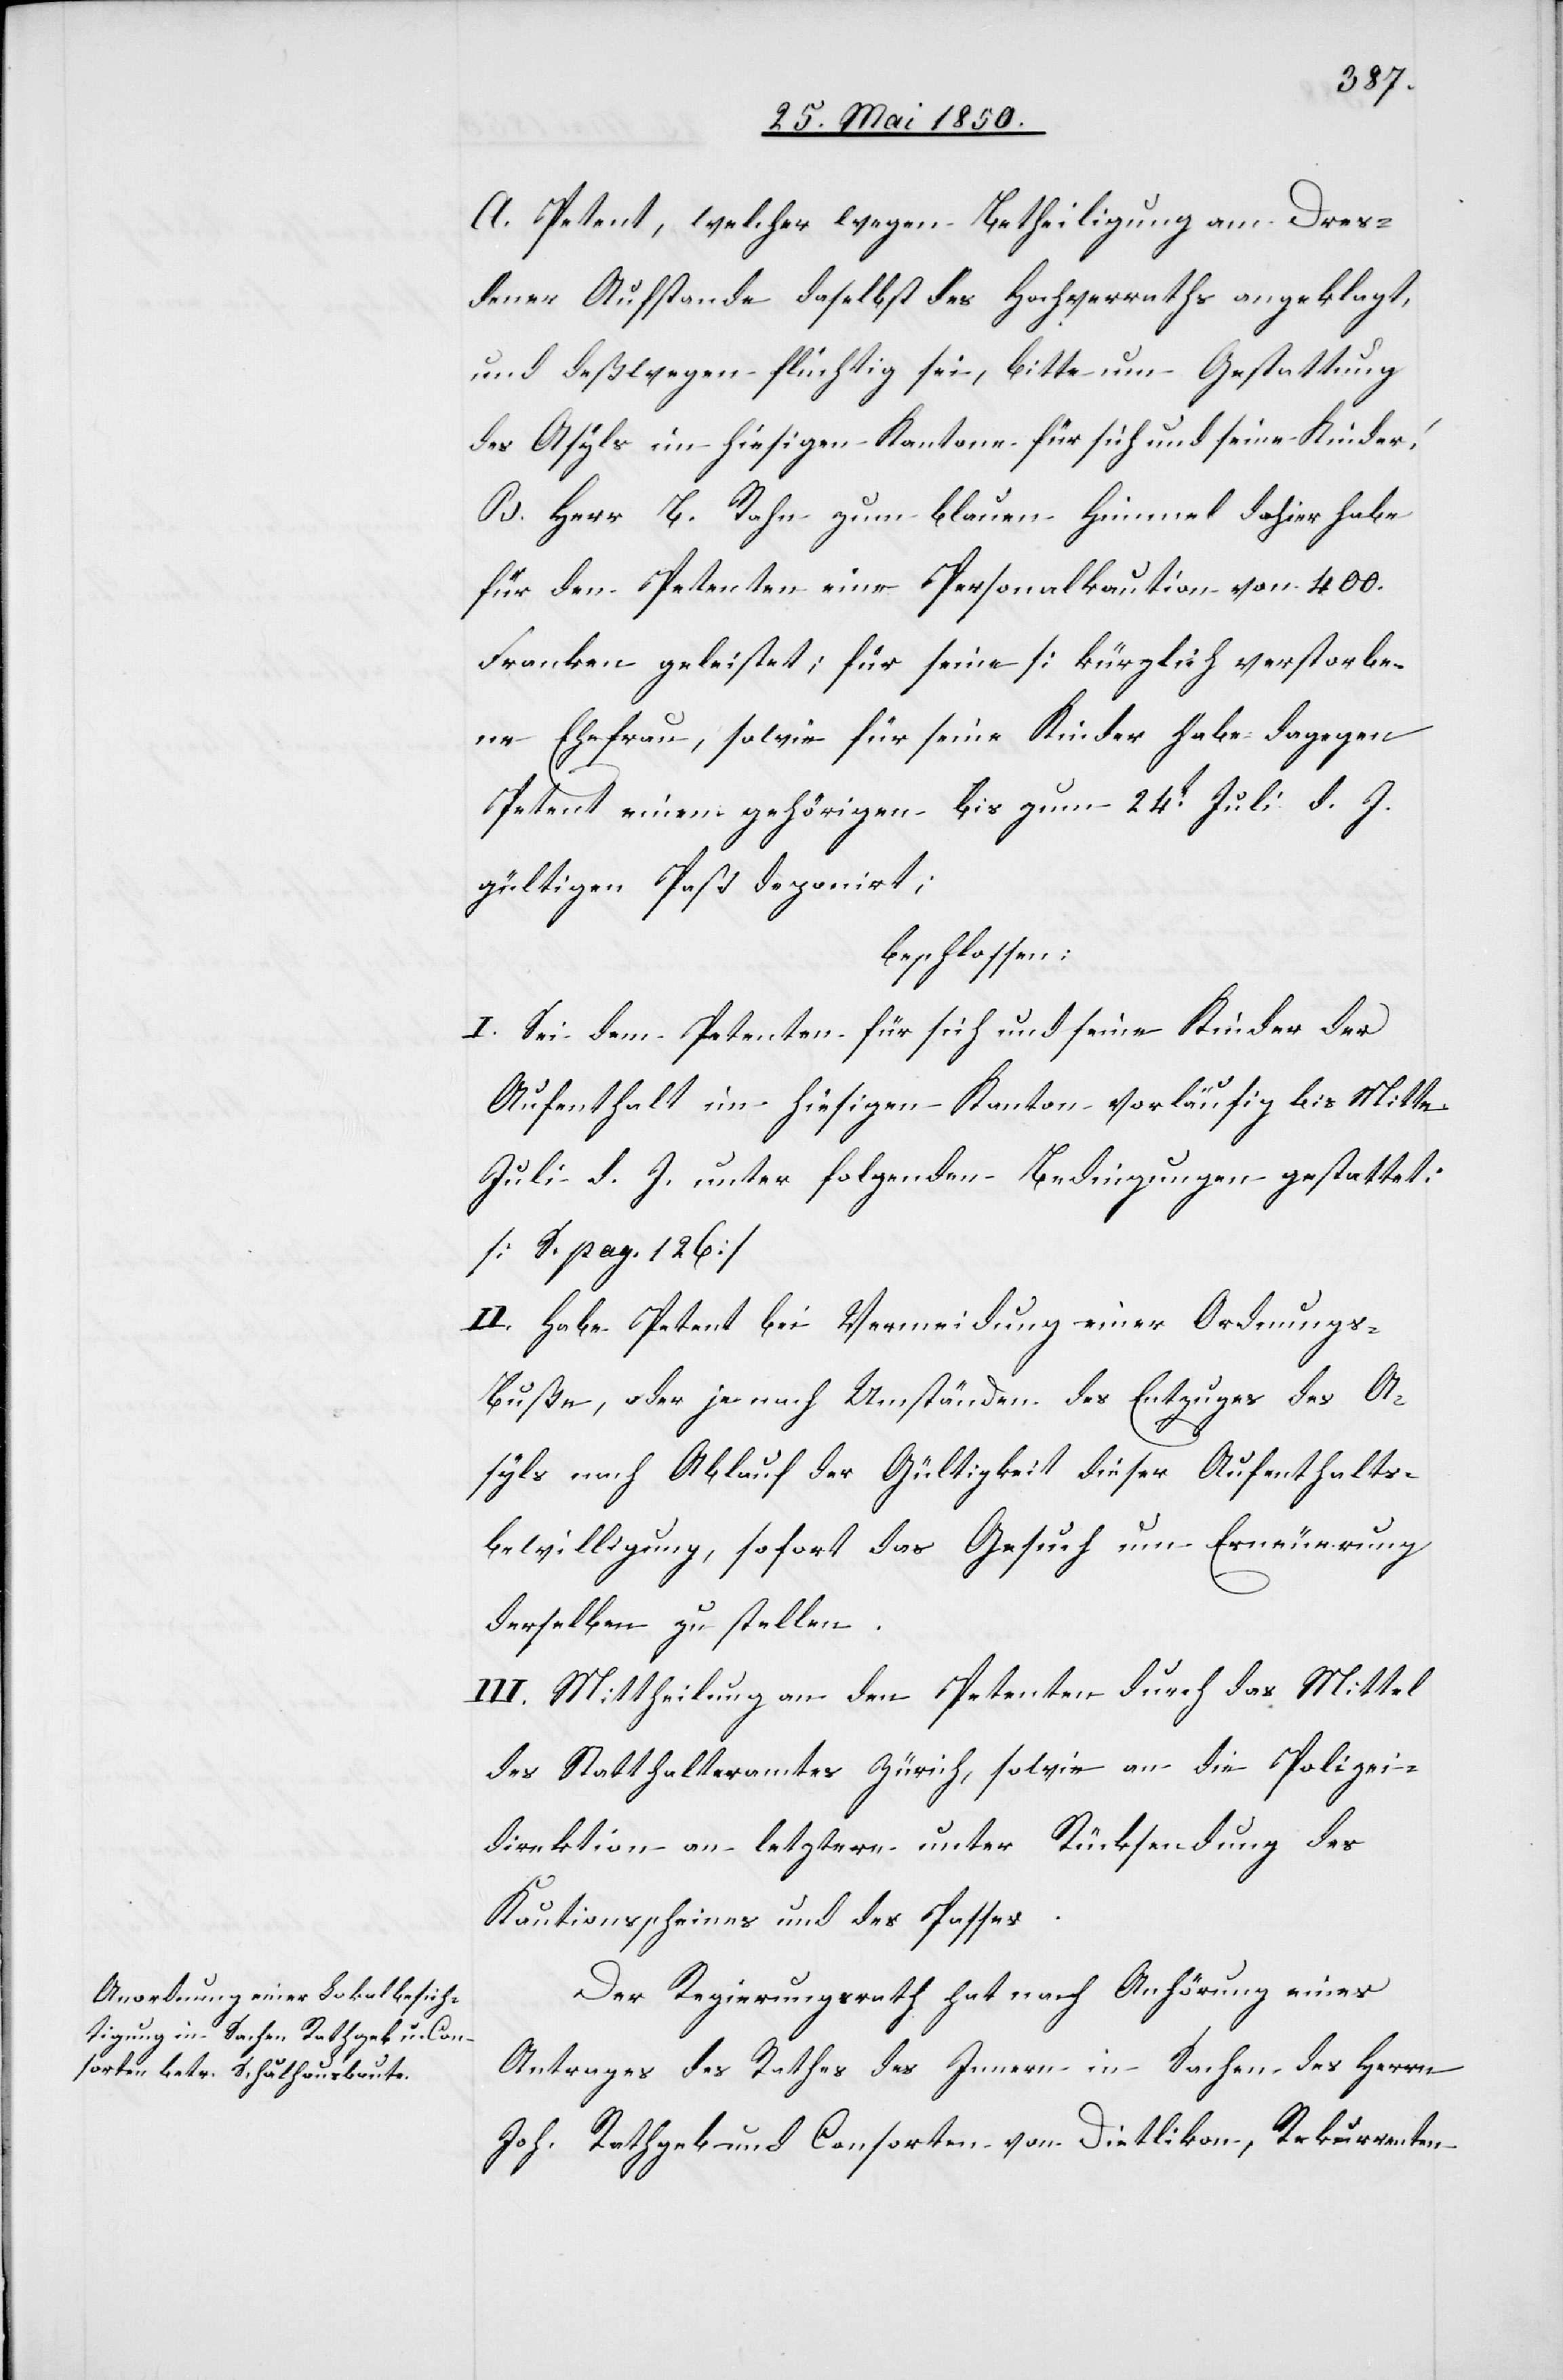
A. Petent, welcher wegen Betheiligung am Dres¬
dener Aufstande daselbst des Hochverraths angeklagt,
und deßwegen flüchtig sei, bitte um Gestattung
des Asyls im hiesigen Kantone für sich und seine Kinder.
B. Herr B. Rahn zum blauen Himmel dahier habe
für den Petenten eine Personalkaution von
Franken geleistet; für seine [kürzlich verstorbe¬
ne Ehefrau, sowie für seine Kinder habe dagegen
Petent einem gehörigen bis zum 24t Juli d. J.
gültigen Paß deponirt[]];
beschlossen:
I. Sei dem Petenten für sich und seine Kinder der
Aufenthalt im hiesigen Kantone vorläufig bis Mitte
Juli d. J. unter folgenden Bedingungen gestattet:
[S. pag. 126]
II. Habe Petent bei Vermeidung einer Ordnungs-B¬
uße, oder je nach Umständen des Entzuges des A¬
syls nach Ablauf der Gültigkeit dieser Aufenthalts¬
bewilligung, sofort das Gesuch um Erneuerung
derselben zu stellen.
III. Mittheilung an den Petenten durch das Mittel
des Statthalteramtes Zürich, sowie an die Polizei¬
direktion an letztere unter Rücksendung des
Kautionsscheines und des Passes.
Der Regierungsrath hat nach Anhörung eines
Antrages des Rathes des Innern in Sachen des Herrn
Joh. Rathgeb und Consorten von Dietlikon, Rekurrenten